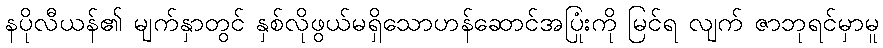
နပိုလီယန်၏ မျက်နှာတွင် နှစ်လိုဖွယ်မရှိသောဟန်ဆောင်အပြုံးကို မြင်ရ လျက် ဇာဘုရင်မှာမူ